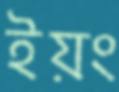
ইয়ং